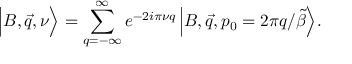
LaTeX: \Big \vert B , \vec { q } , \nu \Big \rangle = \sum _ { q = - \infty } ^ { \infty } e ^ { - 2 i \pi \nu q } \, \Big \vert B , \vec { q } , p _ { 0 } = 2 \pi q / \tilde { \beta } \Big \rangle .